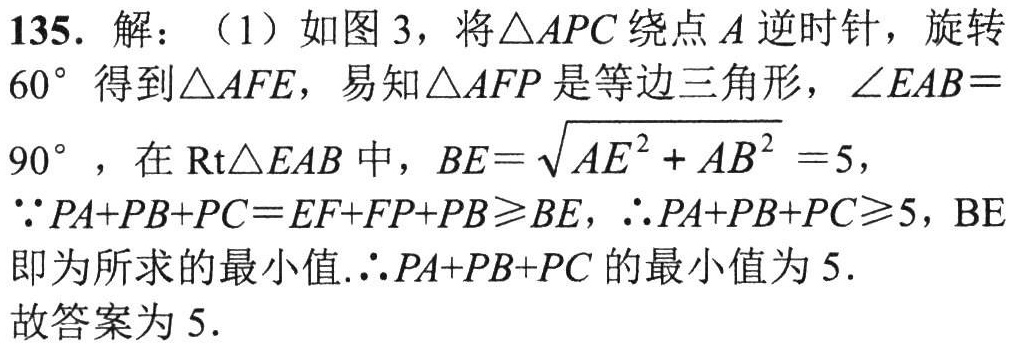
135. 解：（1）如图 3，将\(\triangle APC\)绕点\(A\)逆时针，旋转\(60^{\circ}\)得到\(\triangle AFE\)，易知\(\triangle AFP\)是等边三角形，\(\angle EAB = 90^{\circ}\)，在\(Rt\triangle EAB\)中，\(BE = \sqrt{AE^{2}+AB^{2}} = 5\)，

\(\because PA + PB + PC = EF + FP + PB\geqslant BE\)，\(\therefore PA + PB + PC\geqslant 5\)，\(BE\)即为所求的最小值.\(\therefore PA + PB + PC\)的最小值为\(5\).

故答案为\(5\).